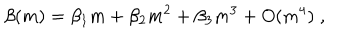
\beta ( m ) = \beta _ { 1 } m + \beta _ { 2 } m ^ { 2 } + \beta _ { 3 } m ^ { 3 } + O ( m ^ { 4 } ) \; ,